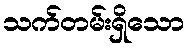
သက်တမ်းရှိသော